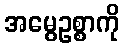
အမွေဥစ္စာကို